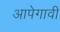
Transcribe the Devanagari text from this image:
आपेगावी